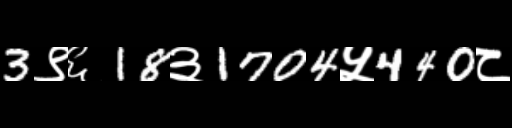
Text: 3९६18३1704५440८